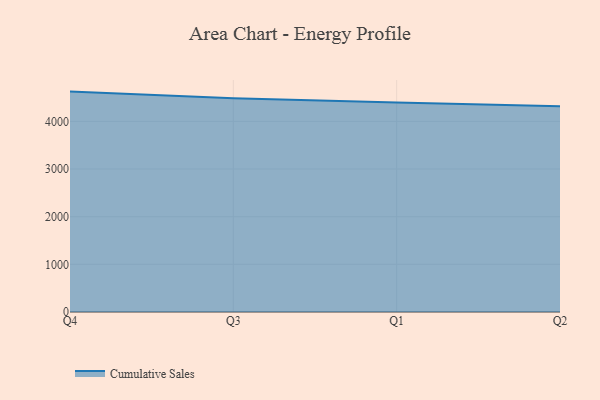
{"axis": {"x": "Quarter", "y": "Temperature (°C)"}, "legend": ["Cumulative Sales"], "data": [{"x": "Q4", "y": 4624.8, "type": "Cumulative Sales"}, {"x": "Q3", "y": 4487.3, "type": "Cumulative Sales"}, {"x": "Q1", "y": 4397.3, "type": "Cumulative Sales"}, {"x": "Q2", "y": 4318.6, "type": "Cumulative Sales"}]}